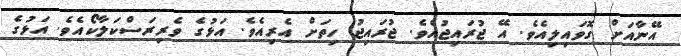
އޭނާއަށް ގޮވައިލިއެވެ. އޭ ޖުރައިޖުއެވެ. ޖުރައިޖު ހިތަށް އެރިއެވެ. އަޅުގެ ވެރިރަސްކަލާކޯއެވެ. އަޅުގެ